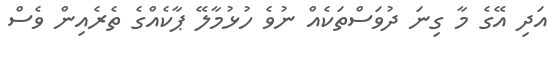
އަދި އޭގެ މާ ގިނަ ދުވަސްތަކެއް ނުވެ ހުޅުމާލޭ ޕާކެއްގެ ތެރެއިން ވެސް